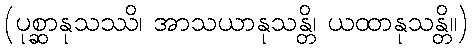
(ပုစ္ဆာနုသဿိ၊ အာသယာနုသန္တိ၊ ယထာနုသန္တိ။)